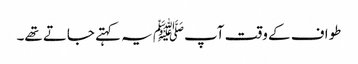
طواف کے وقت آپﷺ یہ کہتے جاتے تھے۔